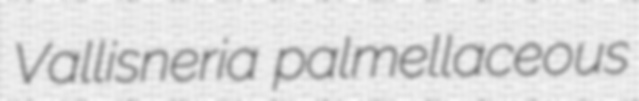
Vallisneria palmellaceous